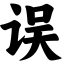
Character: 误